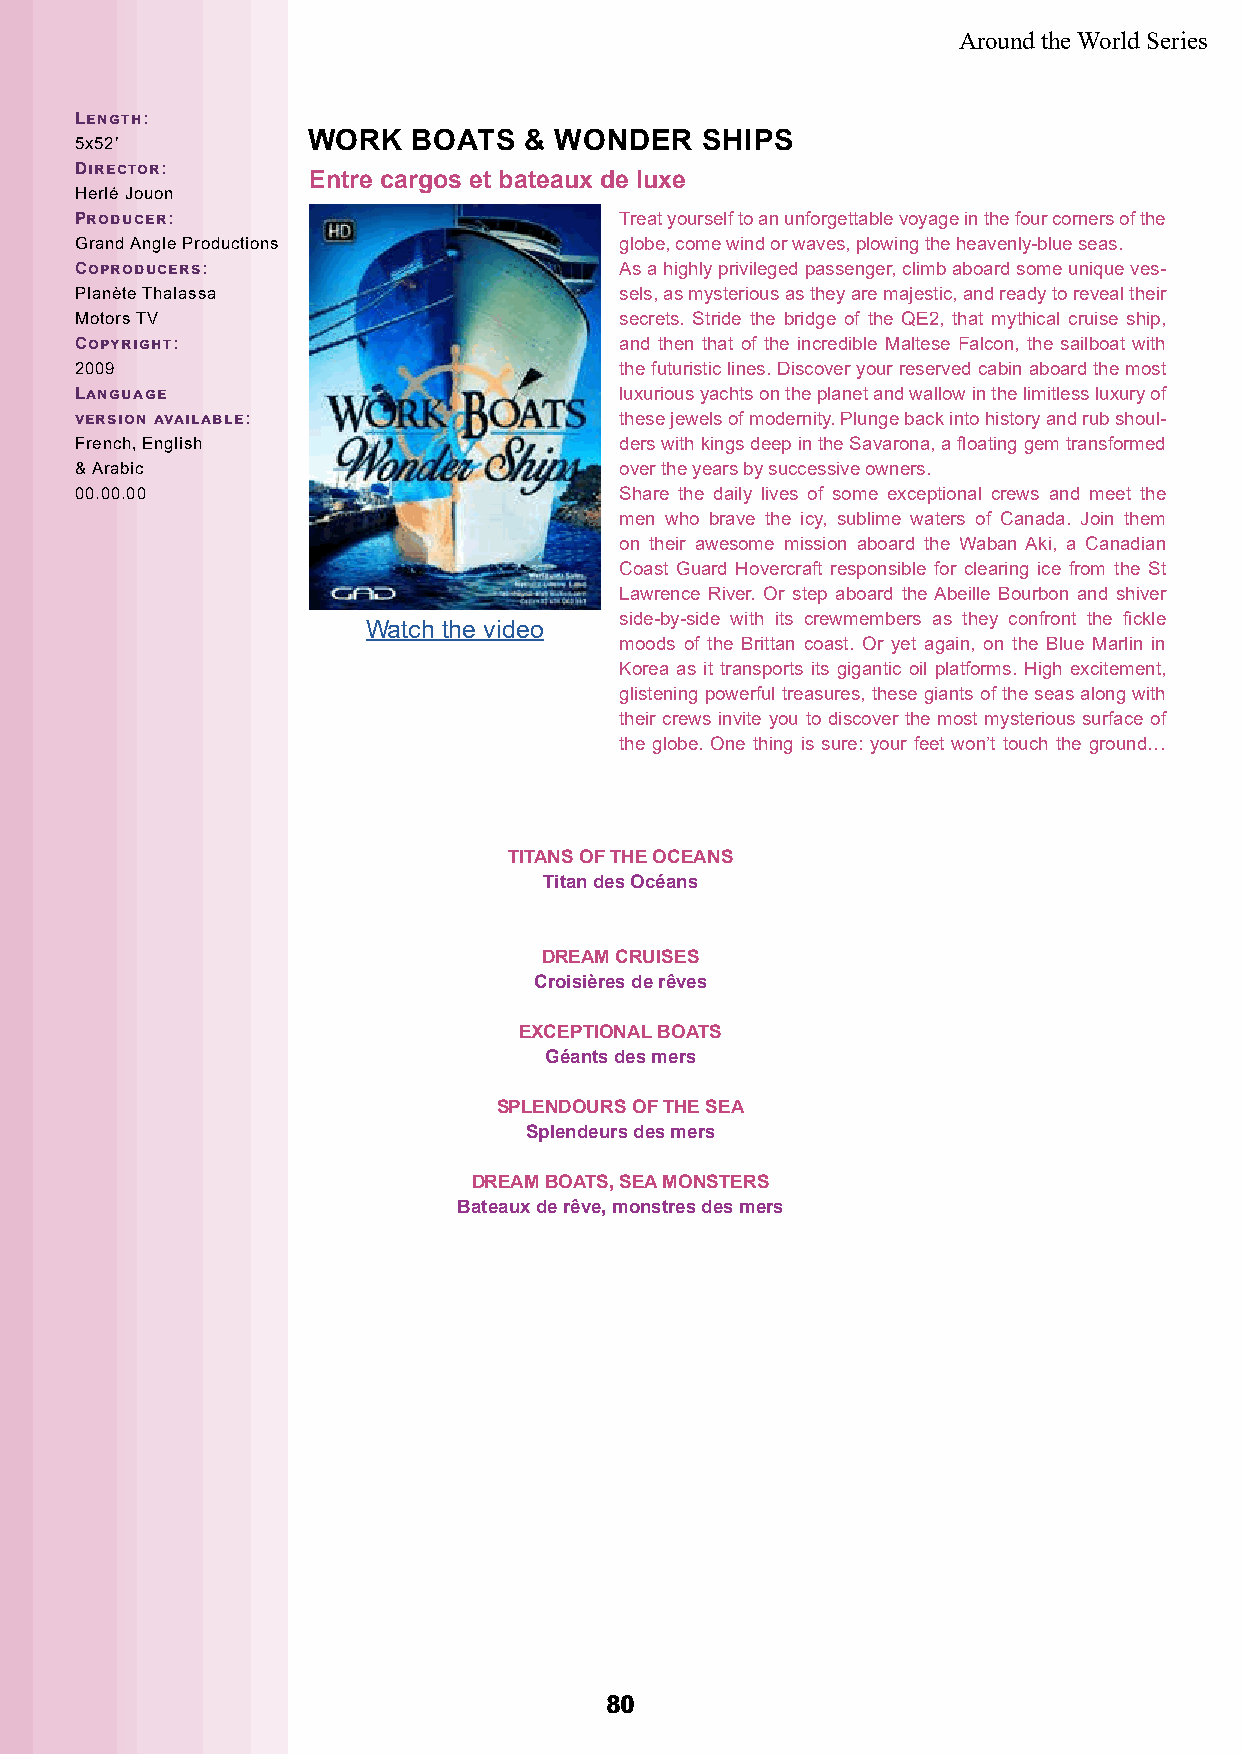
Around the World Series
 Length:
 WORK   BOATS   & WONDER   SHIPS
 5x52’
 Director:
 Entre cargos et bateaux de luxe
 Herlé Jouon
 Producer:                           Treat yourself to an unforgettable voyage in the four corners of the
 Grand Angle Productions             globe, come wind or waves, plowing the heavenly-blue seas.
 Coproducers:                        As a highly privileged passenger, climb aboard some unique ves-
 Planète Thalassa                    sels, as mysterious as they are majestic, and ready to reveal their
 Motors TV                           secrets. Stride the bridge of the QE2, that mythical cruise ship,
 Copyright:                          and then that of the incredible Maltese Falcon, the sailboat with
 2009                                the futuristic lines. Discover your reserved cabin aboard the most
 Language                            luxurious yachts on the planet and wallow in the limitless luxury of
 version available:                  these jewels of modernity. Plunge back into history and rub shoul-
 French, English                     ders with kings deep in the Savarona, a floating gem transformed
 & Arabic                            over the years by successive owners.
 00.00.00                            Share the daily lives of some exceptional crews and meet the
 men who brave the icy, sublime waters of Canada. Join them
 on their awesome mission aboard the Waban Aki, a Canadian
 Coast Guard Hovercraft responsible for clearing ice from the St
 Lawrence River. Or step aboard the Abeille Bourbon and shiver
 side-by-side with its crewmembers as they confront the fickle
 Watch the video
 moods of the Brittan coast. Or yet again, on the Blue Marlin in
 Korea as it transports its gigantic oil platforms. High excitement,
 glistening powerful treasures, these giants of the seas along with
 their crews invite you to discover the most mysterious surface of
 the globe. One thing is sure: your feet won’t touch the ground…
 TITANS OF THE OCEANS
 Titan des Océans
 DREAM CRUISES
 Croisières de rêves
 EXCEPTIONAL BOATS
 Géants des mers
 SPLENDOURS OF THE SEA
 Splendeurs des mers
 DREAM BOATS, SEA MONSTERS
 Bateaux de rêve, monstres des mers
 8800